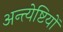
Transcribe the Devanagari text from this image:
अन्त्येष्टियों